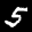
Label: 5